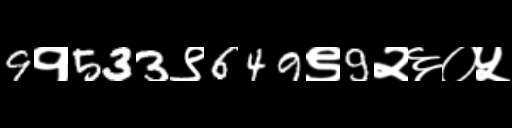
Text: 9१533९649९9२६०५